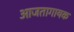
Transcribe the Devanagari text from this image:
आजतागायक